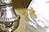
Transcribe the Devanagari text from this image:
फुडं